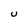
Character: U